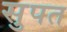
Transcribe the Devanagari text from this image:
सुपत